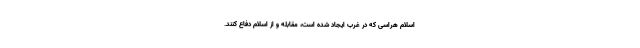
اسلام هراسی که در غرب ایجاد شده است، مقابله و از اسلام دفاع کنند.